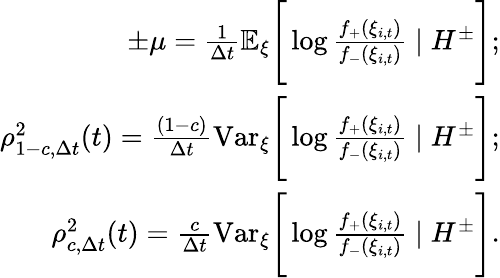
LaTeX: \begin{array}{r}{\pm\mu=\frac{1}{\Delta t}\mathbb{E}_{\xi}\Bigg[\log{\frac{f_{+}(\xi_{i,t})}{f_{-}(\xi_{i,t})}}\mid H^{\pm}\Bigg];}\\ {\rho_{1-c,\Delta t}^{2}(t)=\frac{(1-c)}{\Delta t}\mathrm{Var}_{\xi}\Bigg[\log{\frac{f_{+}(\xi_{i,t})}{f_{-}(\xi_{i,t})}}\mid H^{\pm}\Bigg];}\\ {\rho_{c,\Delta t}^{2}(t)=\frac{c}{\Delta t}\mathrm{Var}_{\xi}\Bigg[\log{\frac{f_{+}(\xi_{i,t})}{f_{-}(\xi_{i,t})}}\mid H^{\pm}\Bigg].}\end{array}